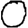
Digit: 0